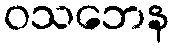
ဝသဘေန